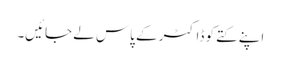
اپنے کتے کو ڈاکٹر کے پاس لے جائیں۔